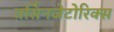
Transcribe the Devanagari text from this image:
वर्सिनजेटोरिक्स